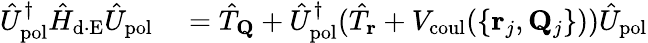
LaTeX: \begin{array}{rl}{\hat{U}_{\mathrm{pol}}^{\dagger}\hat{H}_{\mathrm{d\cdot E}}\hat{U}_{\mathrm{pol}}}&{{}=\hat{T}_{\mathbf Q}+\hat{U}_{\mathrm{pol}}^{\dagger}(\hat{T}_{\mathbf r}+V_{\mathrm{coul}}(\{ {{\mathbf r}_{j},{\mathbf Q}_{j}}\} ))\hat{U}_{\mathrm{pol}}}\end{array}